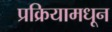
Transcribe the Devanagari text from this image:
प्रक्रियामधून